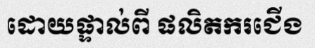
ដោយផ្ទាល់ពី ផលិតករជើង